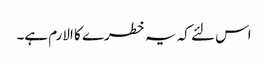
اس لئے کہ یہ خطرے کا الارم ہے۔